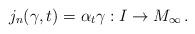
LaTeX: \begin{align*}j_n(\gamma,t)=\alpha_t\gamma: I\rightarrow M_{\infty}\,.\end{align*}